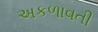
અકળાવતી